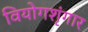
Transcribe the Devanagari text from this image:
वियोगशृंगार